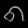
Digit: ၈